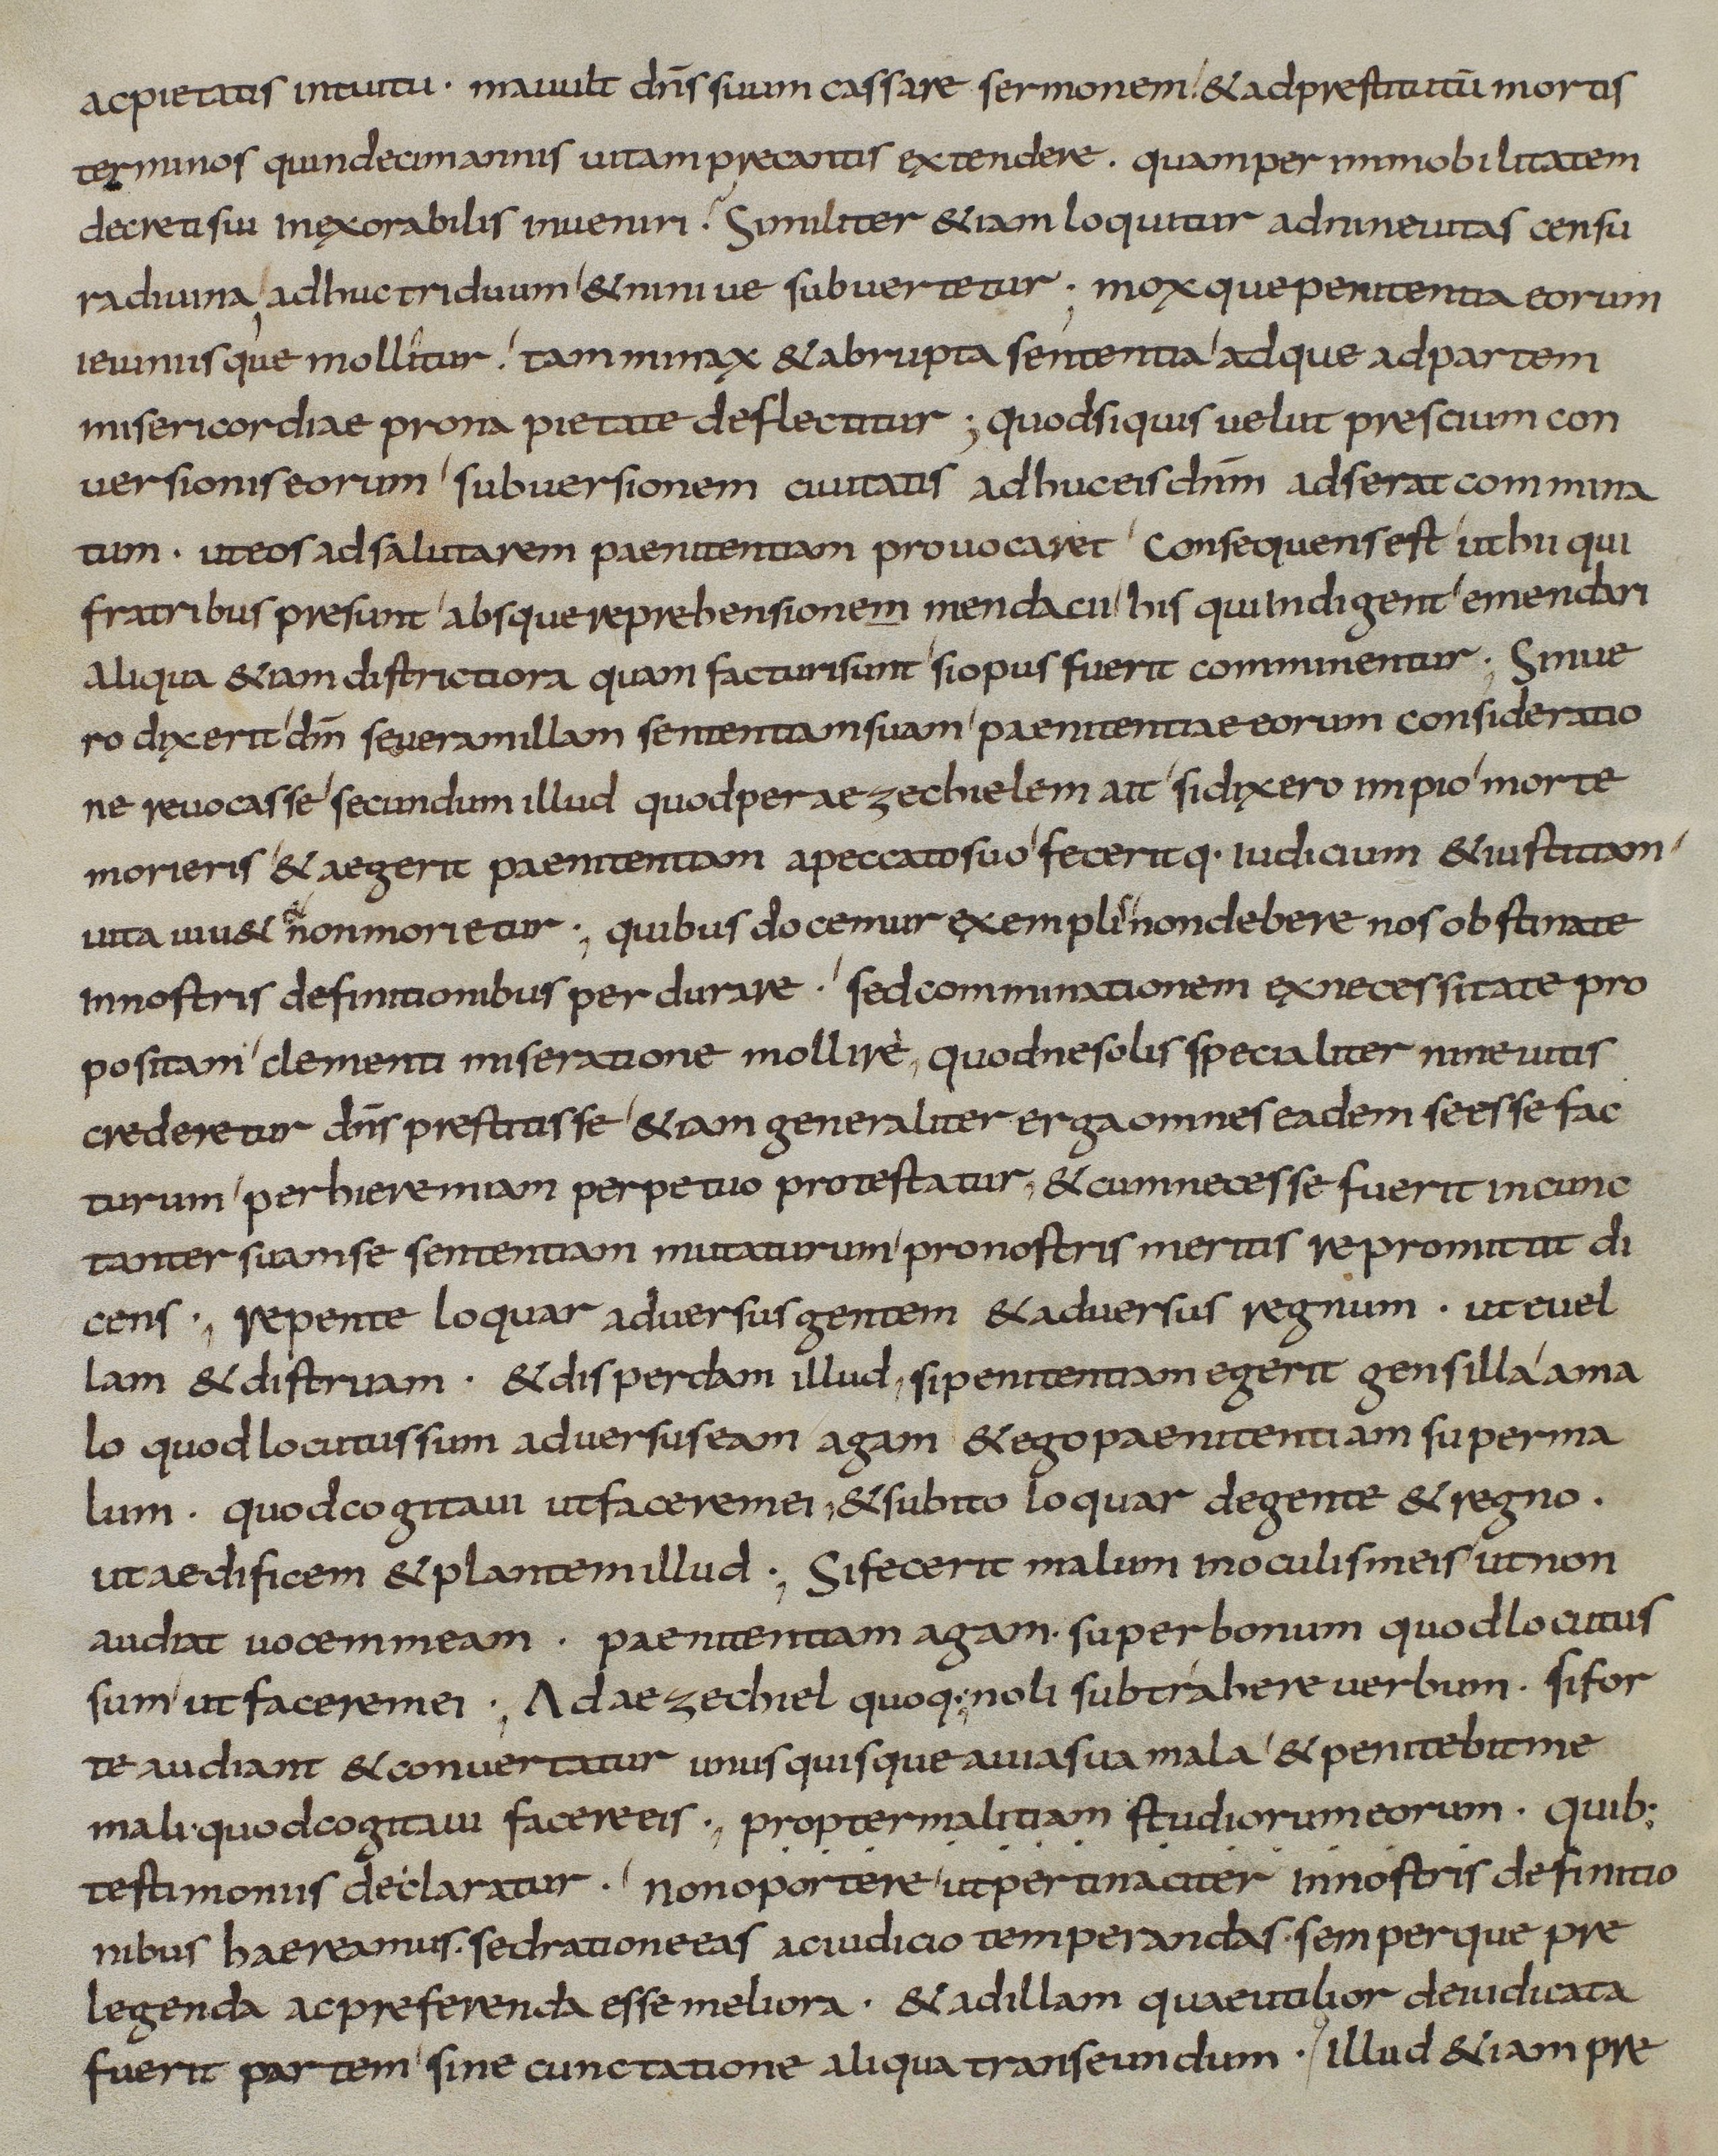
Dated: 833–865